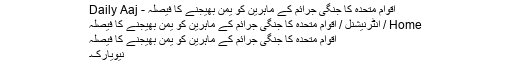
اقوامِ متحدہ کا جنگی جرائم کے ماہرین کو یمن بھیجنے کا فیصلہ - Daily Aaj
Home / انٹرنیشنل / اقوامِ متحدہ کا جنگی جرائم کے ماہرین کو یمن بھیجنے کا فیصلہ
اقوامِ متحدہ کا جنگی جرائم کے ماہرین کو یمن بھیجنے کا فیصلہ
نیویارک۔